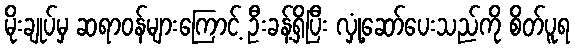
မိုးချုပ်မှ ဆရာဝန်များကြောင့် ဦးခန့်ရှိပြီး လှုံ့ဆော်ပေးသည်ကို စိတ်ပူရ